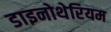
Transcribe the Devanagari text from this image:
डाइनोथेरियम